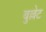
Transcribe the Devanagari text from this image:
बुल्लेट